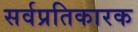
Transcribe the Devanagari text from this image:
सर्वप्रतिकारक